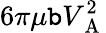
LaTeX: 6\pi\mu\mathtt{b}V_{\mathrm{{~A~}}}^{2}